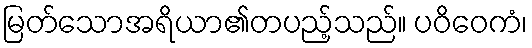
မြတ်သောအရိယာ၏တပည့်သည်။ ပဝိဝေကံ၊